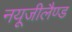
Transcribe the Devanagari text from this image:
नयूजीलैण्ड